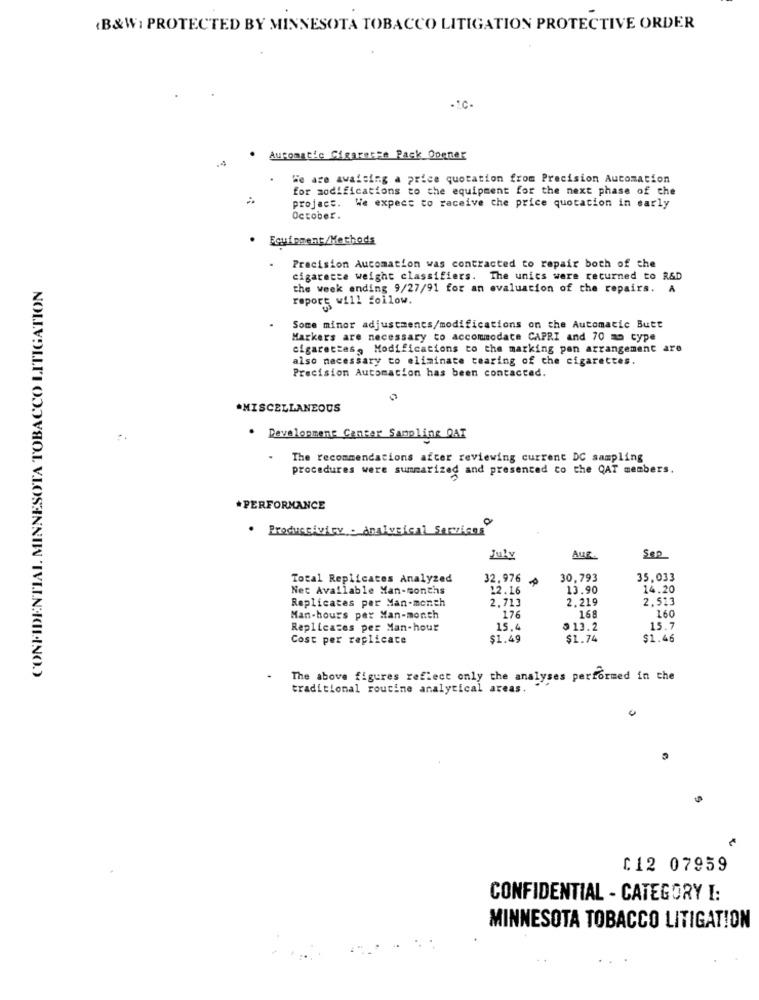
B&W; PROTECTED BY MINNESOTA TOBACCO LITIGATION PROTECTIVE ORDER
-1.0-
-- ]
Automatic Cigarense Rack Opener
We are awaiting a price quotation from Precision Automation
for modifications to the equipment for the next phase of che
project. We expect to receive the price quotation in early
October.
. Equipment/Methods
Precision Automation was contracted to repair both of the
CONFIDENTIAL. MINNESOTA TOBACCO LITIGATION
cigarette weight classifiers. The unics were returned to R&D
the week ending 9/27/91 for an evaluation of the repairs. A
report will follow.
Some minor adjustments/modifications on the Automatic Butt
Markers are necessary to accommodate CAPRI and 70 mm type
cigarettes, Modifications to the marking pan arrangement are
also necessary to eliminate tearing of che cigarettes.
Precision Automation has been contacted.
*MISCELLANEOUS
. Development Center Sampling QAT
The recommendations after reviewing current DC sampling
procedures were summarized and presented to the QAT members.
*PERFORMANCE
Productivity . dnalyrical Services
July
AUR.
Sep
Total Replicates Analyzed
32.976
30,793
35,033
Net Available Man-months
12.16
13.90
14.20
Replicates per Man-month
2,713
2.219
2,513
160
Man-hours pex Man-month
176
168
Replicates per Man-hour
15.4
$ 13.2
15.7
Cost per replicate
$1.49
$1.74
$1.46
The above figures reflect only the analyses performed in the
traditional routine analytical areas.
C12 07959
CONFIDENTIAL - CATEGORY I:
MINNESOTA TOBACCO LITIGATION